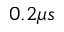
0 . 2 \mu s